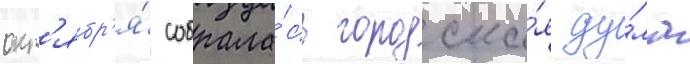
окт'ябр'я́ собрала́сь городска́я ду́ма